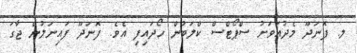
ލ. ފޮނަދޫ މެދުއަވަށު ސްޕޯޓްސް ކްލަބުން ހޯދައިފި އެވެ. ފޮނަދޫ ފައިނަލުން ޖާގަ